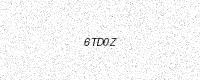
Text: 6TD0Z